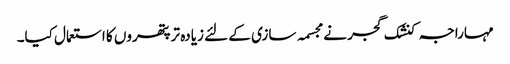
مہاراجہ کنشک گجر نے مجسمہ سازی کے لئے زیادہ تر پتھروں کا استعمال کیا۔